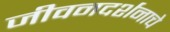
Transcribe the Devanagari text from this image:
जीवनदर्शनाचे